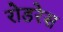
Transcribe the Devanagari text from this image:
रोडरेस